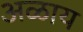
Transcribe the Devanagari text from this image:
अळाय